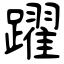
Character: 躍